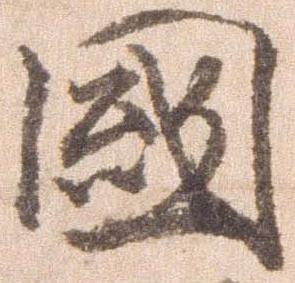
国